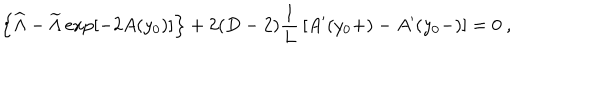
LaTeX: \left\{ { \widehat \Lambda } - { \widetilde \Lambda } \exp \left[ - 2 A ( y _ { 0 } ) \right] \right\} + 2 ( D - 2 ) { \frac { 1 } { L } } \left[ A ^ { \prime } ( y _ { 0 } + ) - A ^ { \prime } ( y _ { 0 } - ) \right] = 0 ~ ,